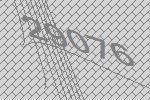
29076